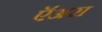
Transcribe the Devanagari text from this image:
ऍअरा